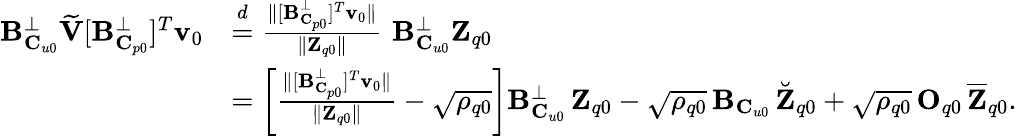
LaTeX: \begin{array}{rl}{\mathbf{B}_{\mathbf{C}_{u0}}^{\perp}\widetilde{\mathbf{V}}[\mathbf{B}_{\mathbf{C}_{p0}}^{\perp}]^{T}\mathbf{v}_{0}}&{\stackrel{d}{=}\frac{\| [\mathbf{B}_{\mathbf{C}_{p0}}^{\perp}]^{T}\mathbf{v}_{0}\| }{\| \mathbf{Z}_{q0}\| }\, \, \mathbf{B}_{\mathbf{C}_{u0}}^{\perp}\mathbf{Z}_{q0}}\\ &{=\left[\frac{\| [\mathbf{B}_{\mathbf{C}_{p0}}^{\perp}]^{T}\mathbf{v}_{0}\| }{\| \mathbf{Z}_{q0}\| }-\sqrt{\rho_{q0}}\right]\mathbf{B}_{\mathbf{C}_{u0}}^{\perp}\, \mathbf{Z}_{q0}-\sqrt{\rho_{q0}}\, \mathbf{B}_{\mathbf{C}_{u0}}\, \breve{\mathbf{Z}}_{q0}+\sqrt{\rho_{q0}}\, \mathbf{O}_{q0}\, \overline{{\mathbf{Z}}}_{q0}.}\end{array}